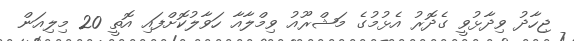
ޖިހާދު ވިދާޅުވީ ގެދޮރު އެޅުމުގެ މަޝްރޫއު ވިމްލާއާ ހަވާލުކޮށްފައި އޮތީ 20 މިލިއަން